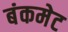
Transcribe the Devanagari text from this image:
बंकमेट